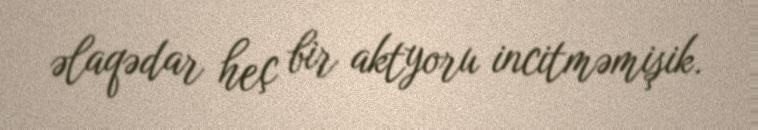
əlaqədar heç bir aktyoru incitməmişik.